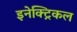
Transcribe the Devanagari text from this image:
इनेक्‍ट्रिकल